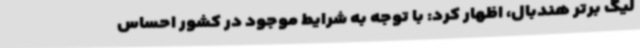
لیگ برتر هندبال، اظهار کرد: با توجه به شرایط موجود در کشور احساس